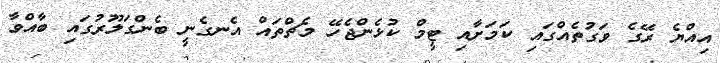
އިއްޔެ ރޭގެ ވަގުތެއްގައި ކަމަށާއި ޓީމް ކުޅެންޖެހޭ މެޗްތައް އެނގެނީ ބެންގަލޫރުގައި ބާއްވާ